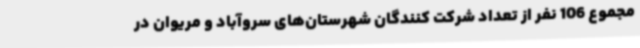
مجموع 106 نفر از تعداد شرکت کنندگان شهرستان‌های سروآباد و مریوان در